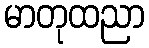
မာတုထညာ